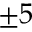
\pm 5